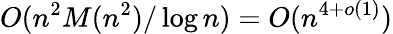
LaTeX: O(n^{2}M(n^{2})/\log{n})=O(n^{4+o(1)})